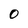
Character: O